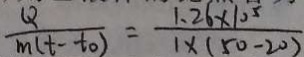
\frac { Q } { m ( t - t _ { 0 } ) } = \frac { 1 . 2 6 \times 1 0 ^ { 5 } } { 1 \times ( 5 0 - 2 0 ) }